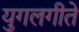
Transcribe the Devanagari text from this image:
युगलगीते